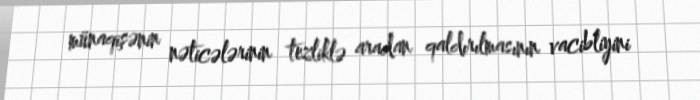
münaqişənin nəticələrinin tezliklə aradan qaldırılmasının vacibliyini